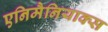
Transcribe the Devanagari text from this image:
एनिमैनियाक्स